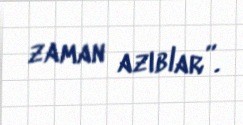
zaman azıblar”.